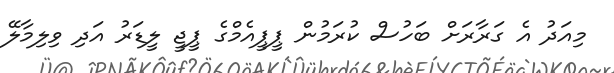
މިއަދު އެ ގަރާރަށް ބަހުސް ކުރަމުން ޕީޕީއެމްގެ ޕީޖީ ލީޑަރު އަދި ވިލިމާލޭ